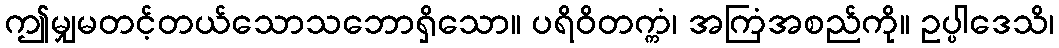
ဤမျှမတင့်တယ်သောသဘောရှိသော။ ပရိဝိတက္ကံ၊ အကြံအစည်ကို။ ဥပ္ပါဒေသိ၊